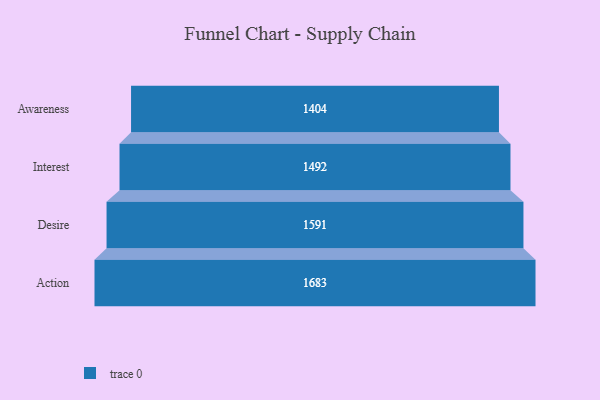
{"axis": {"x": "Stage", "y": "Value"}, "legend": [""], "data": [{"x": "Awareness", "y": 1404.0, "type": ""}, {"x": "Interest", "y": 1492.0, "type": ""}, {"x": "Desire", "y": 1591.0, "type": ""}, {"x": "Action", "y": 1683.0, "type": ""}]}